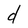
Character: d